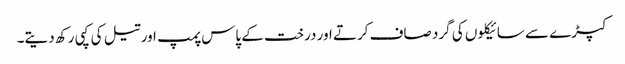
کپڑے سے سائیکلوں کی گرد صاف کرتے اور درخت کے پاس پمپ اور تیل کی کپی رکھ دیتے۔